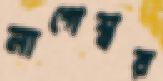
নাগেশ্বর